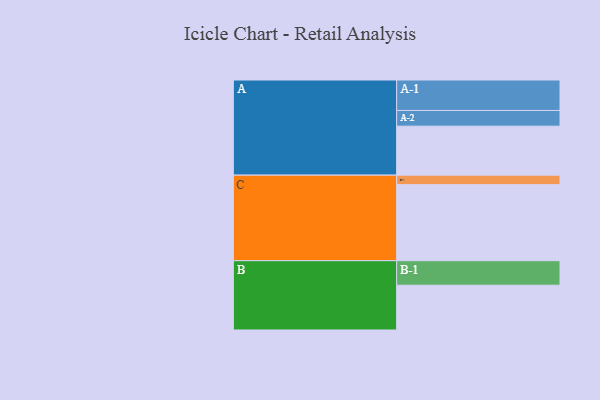
{"axis": {"x": "Segment", "y": "Value"}, "legend": ["", "A", "B", "C"], "data": [{"x": "A", "y": 362, "type": ""}, {"x": "B", "y": 331, "type": ""}, {"x": "C", "y": 562, "type": ""}, {"x": "A-1", "y": 225, "type": "A"}, {"x": "A-2", "y": 116, "type": "A"}, {"x": "B-1", "y": 181, "type": "B"}, {"x": "C-1", "y": 70, "type": "C"}]}